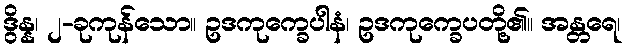
ဒွိန္န၊ ၂-ခုကုန်သော။ ဥဒကုက္ခေပါနံ၊ ဥဒကုက္ခေပတို့၏။ အန္တရေ၊